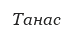
Танас